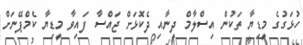
ހުޅަގުގެ މީޑިޔާ ތަކުން އިސްލާމް ދީނާއި ދެކޮޅަށް ޖައްސާ ފައިވާ މީޑިޔާ ކެމްޕޭނަށް